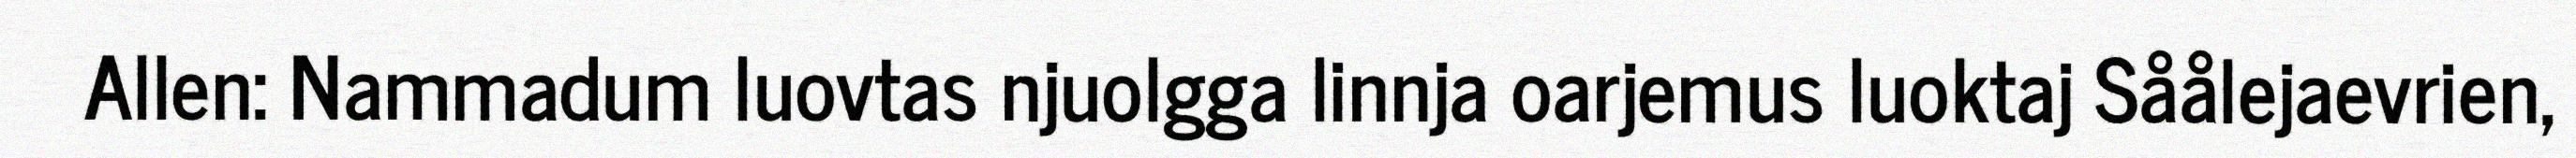
Allen: Nammadum luovtas njuolgga linnja oarjemus luoktaj Såålejaevrien,